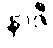
နာဇီ